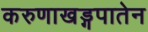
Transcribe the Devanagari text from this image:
करुणाखड्गपातेन